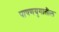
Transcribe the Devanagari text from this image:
पाषणयुगातील